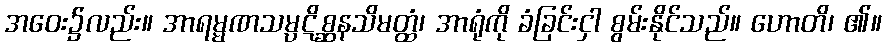
အဝေး၌လည်း။ အာရမ္မဏသမ္ပဋိစ္ဆနသိမတ္ထံ၊ အာရုံကို ခံခြင်းငှါ စွမ်းနိုင်သည်။ ဟောတိ၊ ၏။